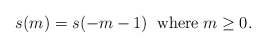
\begin{align*}s(m)=s(-m-1) \;\; \mbox{where}\;m \geq 0.\end{align*}